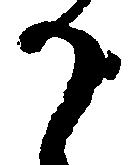
か